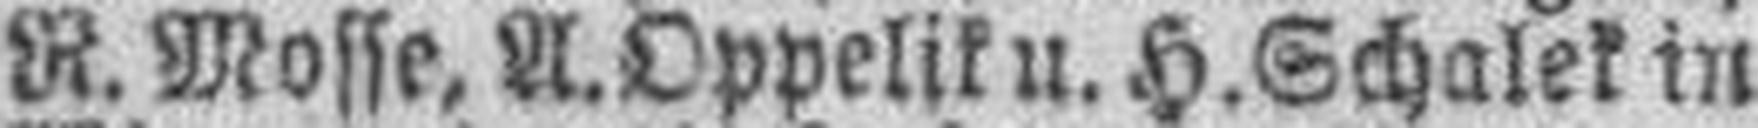
R. Mosse. A. Oppelik u. H. Schalek in